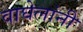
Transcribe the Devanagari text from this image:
वाघेलांनी